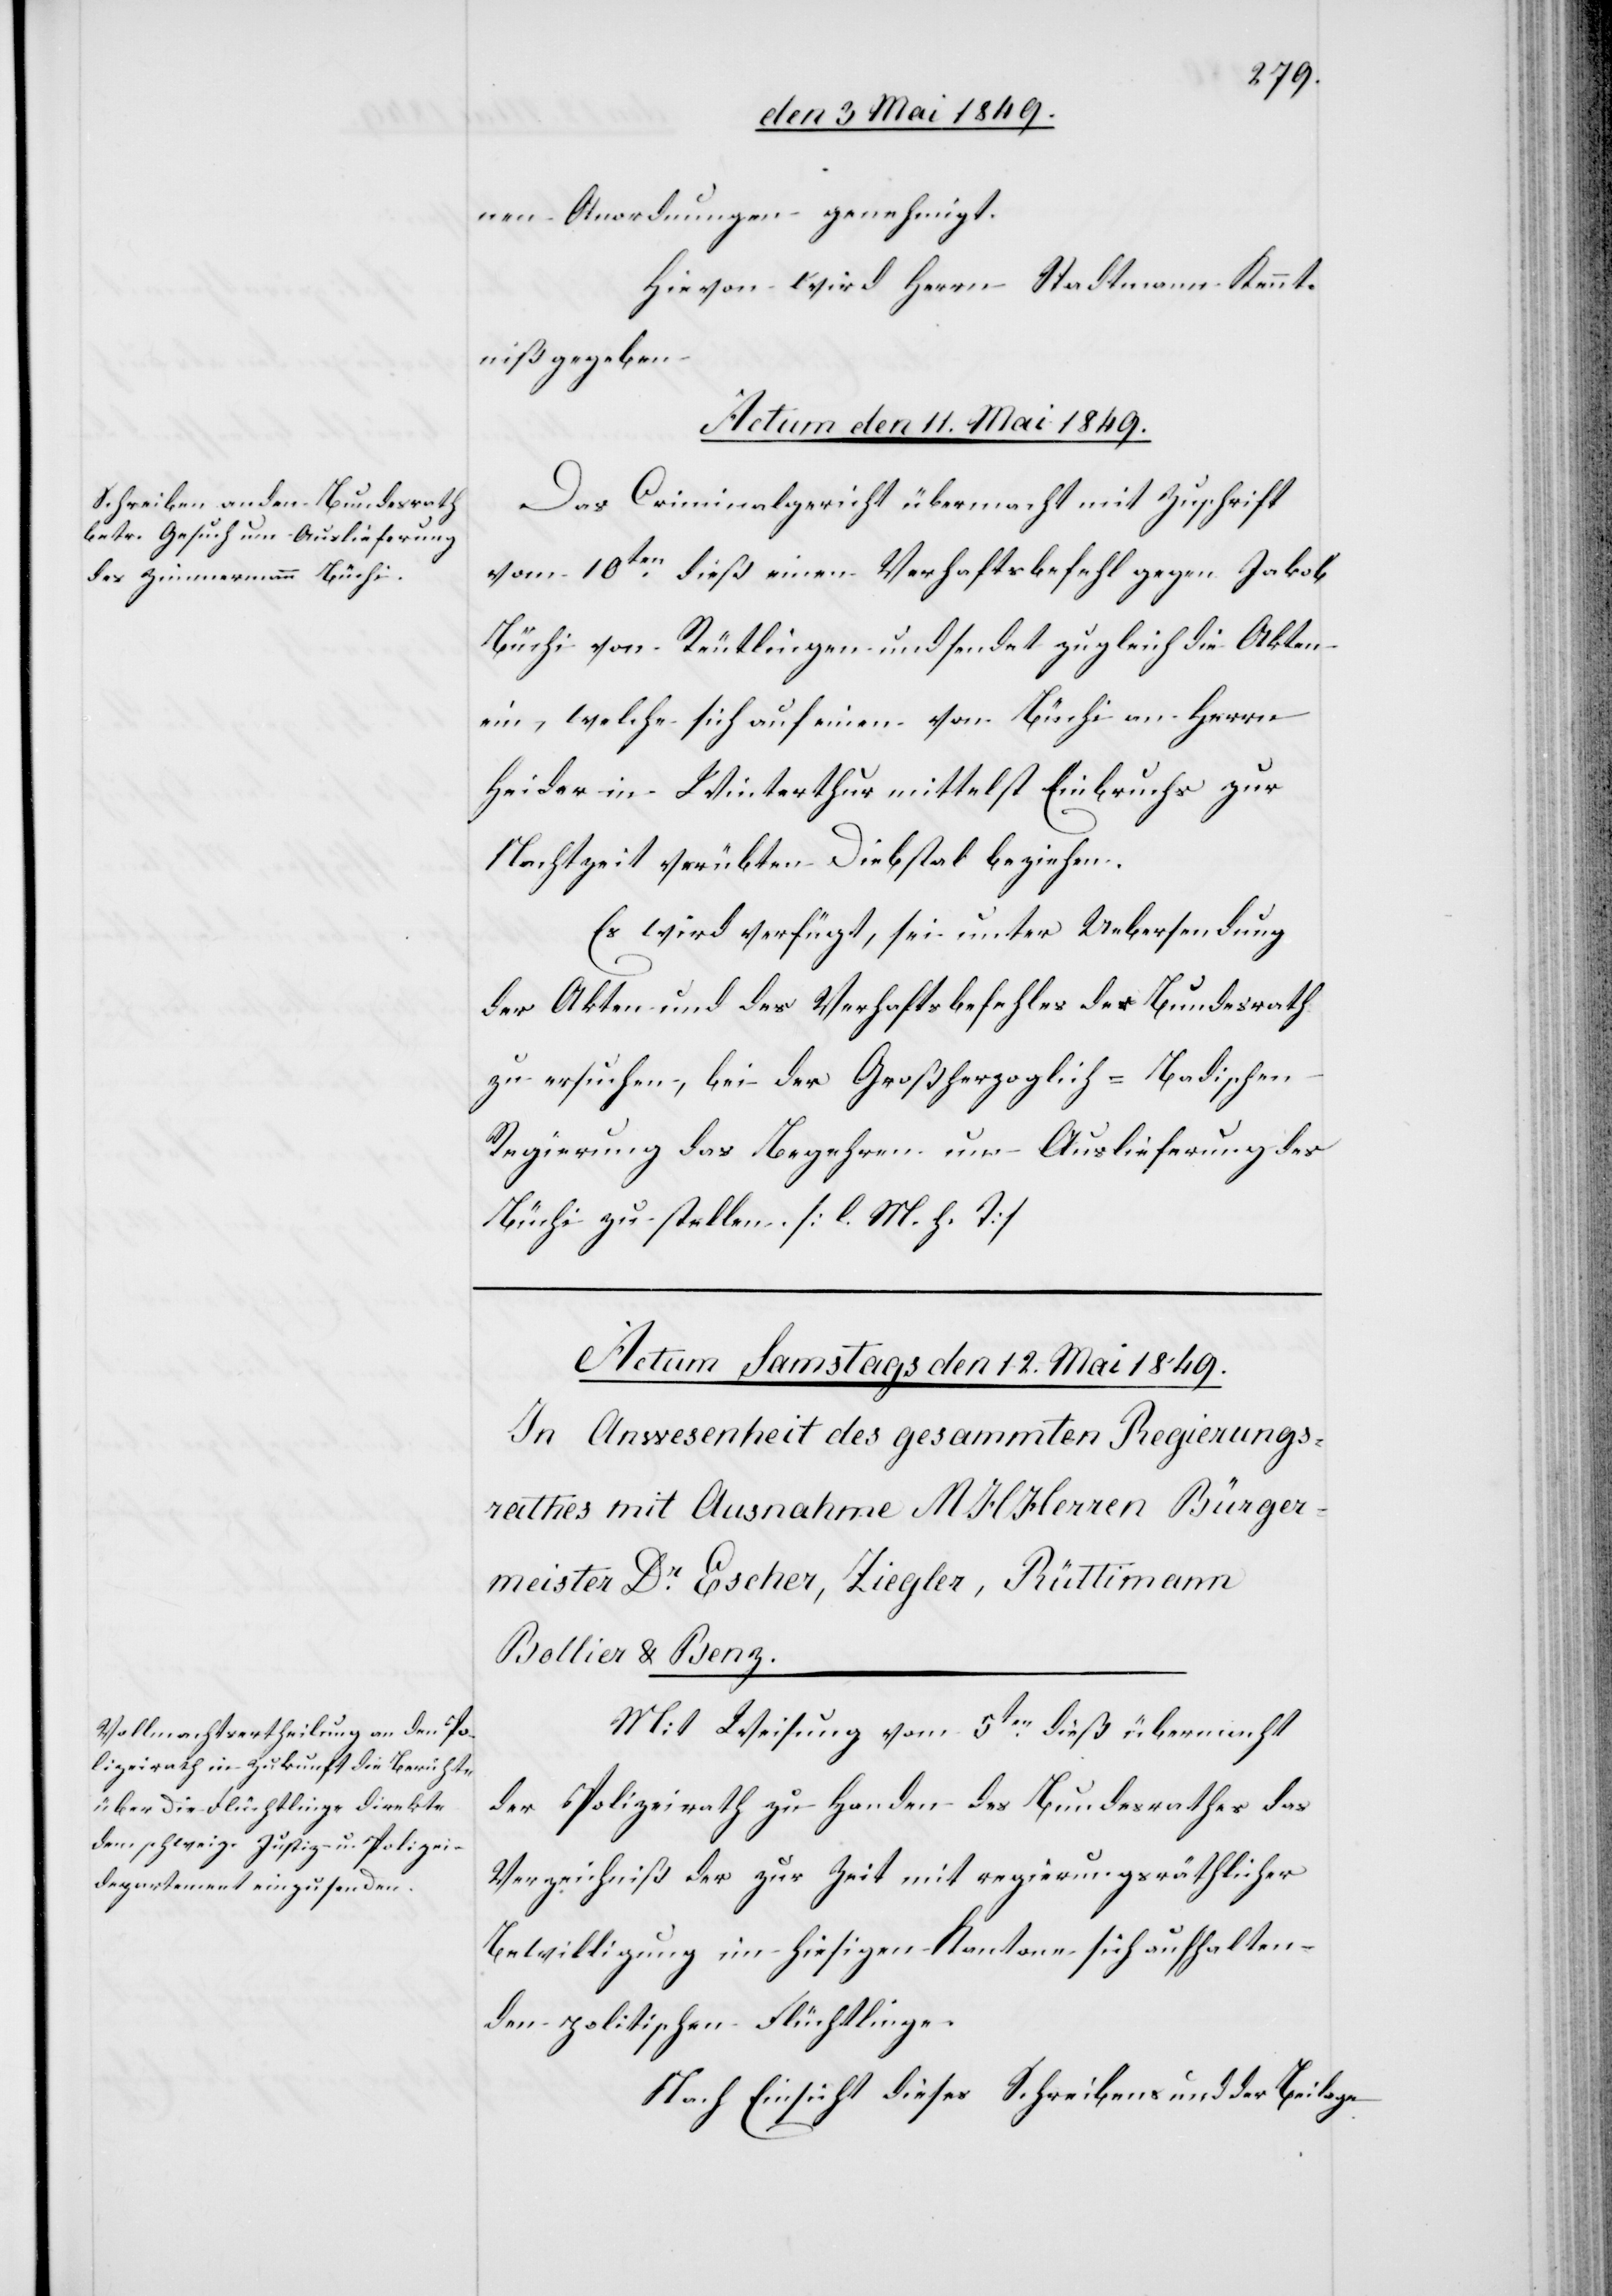
nen Anordnungen genehmigt.
Hievon wird Herrn Stadtmann Kennt¬
niß gegeben.
Actum den 11. Mai 1849.
Das Criminalgericht übermacht mit Zuschrift
vom 10ten dieß einen Verhaftsbefehl gegen Jakob
Büchi von Reutlingen und sendet zugleich die Akten
ein, welche sich auf einen von Büchi an Herrn
Heider in Winterthur mittelst Einbruchs zur
Nachtzeit verübten Diebstal beziehen.
Es wird verfügt, sei unter Uebersendung
der Akten und des Verhaftsbefehles der Bundesrath
zu ersuchen, bei der Großherzoglich-Badischen
Regierung das Begehren um Auslieferung des
Büchi zu stellen. [l. M. h. T]
Mit Weisung vom 5ten dieß übermacht
der Polizeirath zu Handen des Bundesrathes das
Verzeichniß der zur Zeit mit regierungsräthlicher
Bewilligung im hiesigen Kantone sich aufhalten¬
den politischen Flüchtlinge.
Nach Einsicht dieses Schreibens und der Beilage